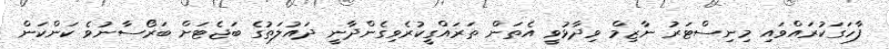
ފާހަގަކުރައްވައި މިނިސްޓަރު ނާޒިމް ވިދާޅުވީ އެތަން ތަރައްގީކުރެވިގެންދާނީ ދައުލަތުގެ ބަޖެޓަށް ބަރޯސާނުވެ ކަންކަން